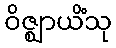
ဝိဇ္ဈာယိံသု